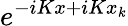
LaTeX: e^{-iKx+iKx_{k}}